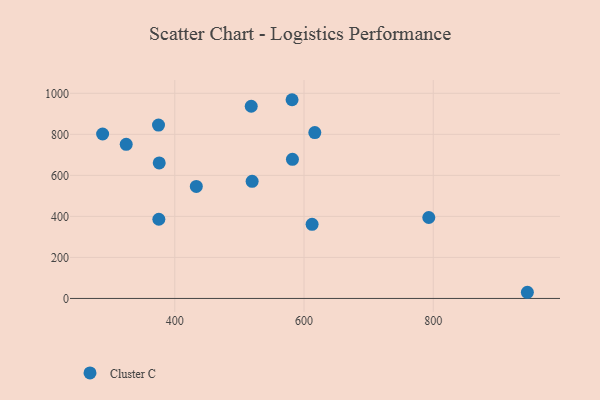
{"axis": {"x": "Distance", "y": "Demand"}, "legend": ["Cluster C"], "data": [{"x": "324.8", "y": 751.2, "type": "Cluster C"}, {"x": "519.7", "y": 570.8, "type": "Cluster C"}, {"x": "582.1", "y": 678.4, "type": "Cluster C"}, {"x": "616.7", "y": 808.6, "type": "Cluster C"}, {"x": "375.9", "y": 660.6, "type": "Cluster C"}, {"x": "375.3", "y": 386.1, "type": "Cluster C"}, {"x": "374.8", "y": 845.1, "type": "Cluster C"}, {"x": "793.1", "y": 394.5, "type": "Cluster C"}, {"x": "612.5", "y": 361.3, "type": "Cluster C"}, {"x": "581.5", "y": 968.7, "type": "Cluster C"}, {"x": "288.3", "y": 801.7, "type": "Cluster C"}, {"x": "945.7", "y": 30.1, "type": "Cluster C"}, {"x": "518.3", "y": 936.9, "type": "Cluster C"}, {"x": "433.3", "y": 545.9, "type": "Cluster C"}]}